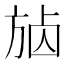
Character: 𣃷